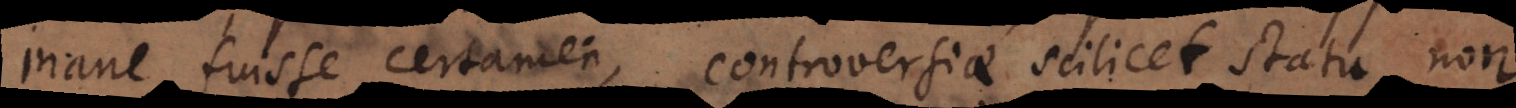
inane fuisse certamen, controversiae scilicet statu non